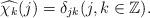
LaTeX: \begin{align*}\widehat{\chi_k}(j)=\delta_{jk} (j,k\in\mathbb{Z}).\end{align*}